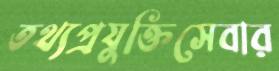
তথ্যপ্রযুক্তিসেবার